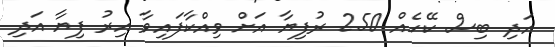
އަދި ބިސް ކޭހެއް 250 ރުފިޔާ އަށް ވިއްކާފައިވާ އިރު ފިޔާ އަދި